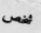
شخص